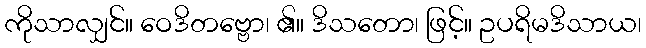
ကိုသာလျှင်။ ဝေဒိတဗ္ဗော၊ ၏။ ဒိသတော၊ ဖြင့်။ ဥပရိမဒိသာယ၊